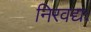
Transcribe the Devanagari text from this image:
निरवद्यः